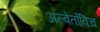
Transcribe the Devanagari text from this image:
अल्बेर्तोविच